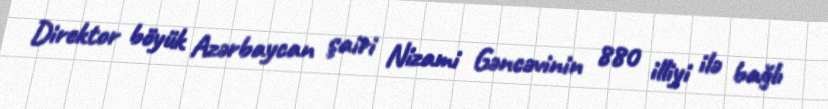
Direktor böyük Azərbaycan şairi Nizami Gəncəvinin 880 illiyi ilə bağlı